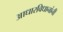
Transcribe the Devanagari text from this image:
आधारविधानांनी